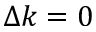
\Delta k = 0